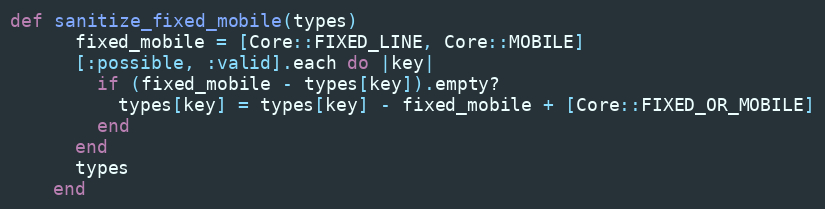
Language: Ruby
def sanitize_fixed_mobile(types)
      fixed_mobile = [Core::FIXED_LINE, Core::MOBILE]
      [:possible, :valid].each do |key|
        if (fixed_mobile - types[key]).empty?
          types[key] = types[key] - fixed_mobile + [Core::FIXED_OR_MOBILE]
        end
      end
      types
    end